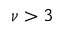
\nu > 3